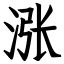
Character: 涨